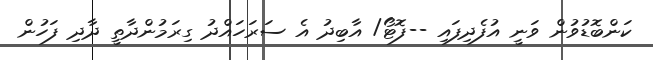
ކަންބޮޑުވުން ވަނީ އުފެދިފައި --ފޮޓޯ/ އާބިދު އެ ސަރަހައްދު ގިރަމުންދާތީ ދާދި ފަހުން